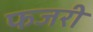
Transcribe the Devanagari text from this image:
फजरी